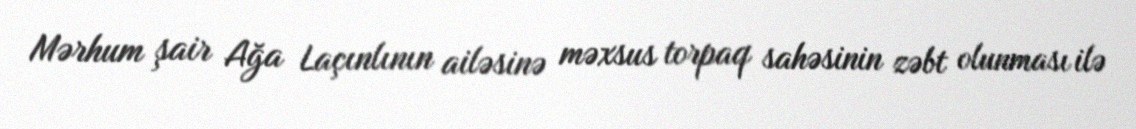
Mərhum şair Ağa Laçınlının ailəsinə məxsus torpaq sahəsinin zəbt olunması ilə